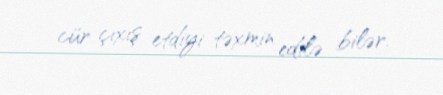
cür çıxış etdiyi təxmin edilə bilər.